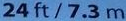
24ft / 7.3 m